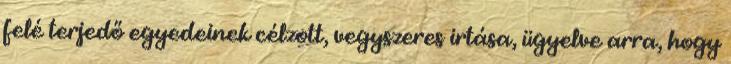
felé terjedő egyedeinek célzott, vegyszeres irtása, ügyelve arra, hogy